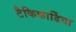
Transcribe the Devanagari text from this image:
टैकिकार्डिया